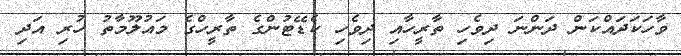
ވާހަކަދައްކަން ދަންނަ ދިވެހި ތާރީހާއި ދިވެހި ކެޑޭޓުންގެ ތާރީހްގެ މައުލޫމާތު ހުރި އަދި